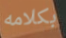
بكلامه